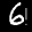
Label: 6